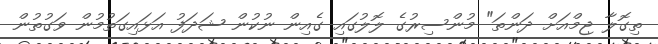
ތިގޮލާ ޖިމްއަށް ދަންތަ" މުންސިރުގެ ލޮލުގައި ގެއިން ނުކުން ޝަދަފު އަޅައިގަތުމުން ވަގުތުން